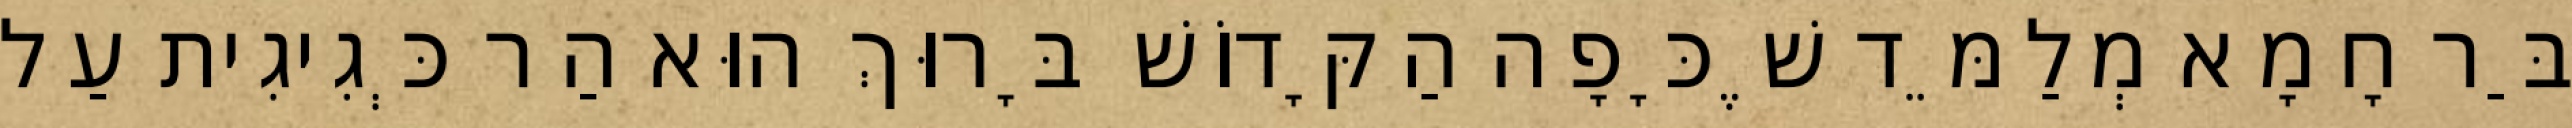
בַּר חָמָא מְלַמֵּד שֶׁכָּפָה הַקָּדוֹשׁ בָּרוּךְ הוּא הַר כְּגִיגִית עַל